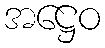
အဋ္ဌေဝ